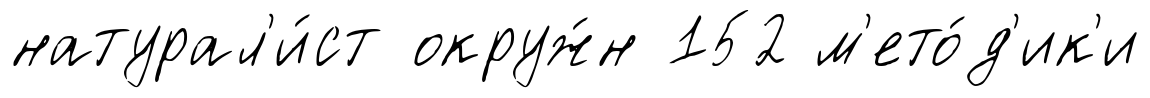
натурал'и́ст окруж́н 152 м'ето́д'ик'и